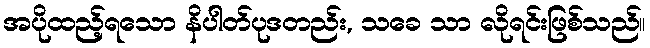
အပိုထည့်ရသော နိပါတ်ပုဒတည်း, သခေ သာ လိုရင်းဖြစ်သည်။